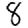
Digit: 8